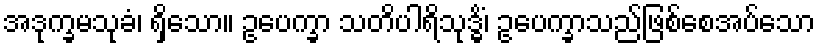
အဒုက္ခမသုခံ၊ ရှိသော။ ဥပေက္ခာ သတိပါရိသုဒ္ဓိံ၊ ဥပေက္ခာသည်ဖြစ်စေအပ်သော